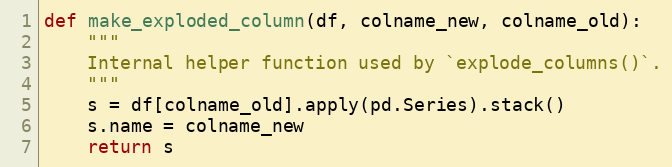
Language: Python
def make_exploded_column(df, colname_new, colname_old):
    """
    Internal helper function used by `explode_columns()`.
    """
    s = df[colname_old].apply(pd.Series).stack()
    s.name = colname_new
    return s